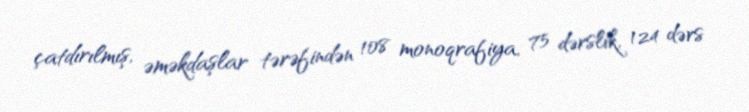
çatdırılmış, əməkdaşlar tərəfindən 108 monoqrafiya, 75 dərslik, 124 dərs